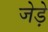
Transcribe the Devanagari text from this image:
जेड़े